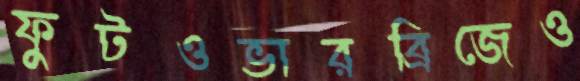
ফুটওভারব্রিজেও